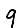
Digit: 9